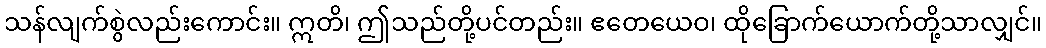
သန်လျက်စွဲလည်းကောင်း။ ဣတိ၊ ဤသည်တို့ပင်တည်း။ ဧတေယေဝ၊ ထိုခြောက်ယောက်တို့သာလျှင်။